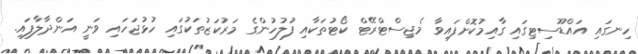
ހިނގައި އައްޑޫސިޓިގައި ގާއިމުކޮށްފައިވާ މެޖިސްޓްރޭޓް ކޯޓުތަކާއި ފުލުހުންގެ މަރުކަޒުތަކުގައި ހުޅުޖަހައި ވަނީ އަންދާލާފައި.